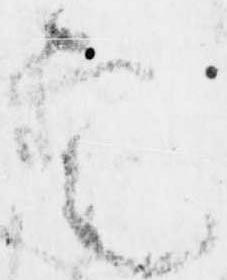
定